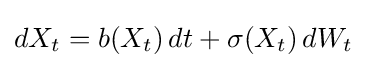
dX_{t}=b(X_{t})\,dt+\sigma (X_{t})\,dW_{t}